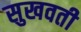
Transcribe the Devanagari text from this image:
सुखवती